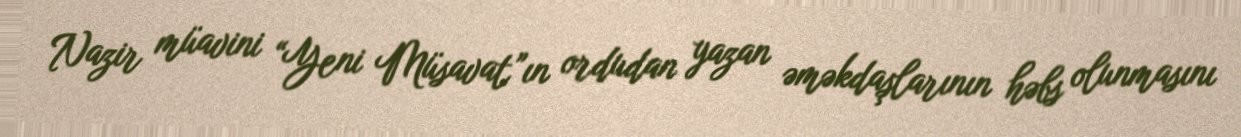
Nazir müavini “Yeni Müsavat”ın ordudan yazan əməkdaşlarının həbs olunmasını